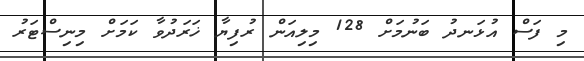
މި ފަސް އުޅަނދު ބަނުމަށް 128 މިލިއަން ރުފިޔާ ޚަރަދުވާ ކަމަށް މިނިސްޓަރު